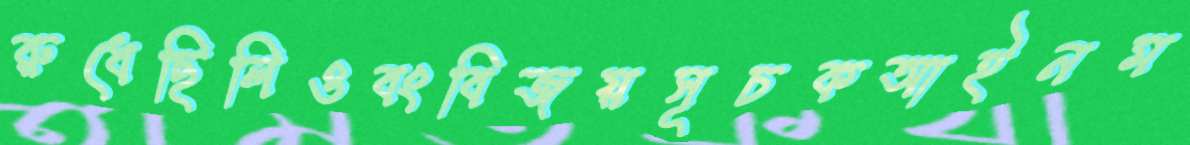
রুধেছিলিওবংবিজয়সূচকআইনম